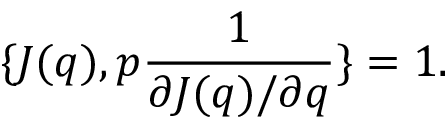
\{ J ( q ) , p { \frac { 1 } { \partial J ( q ) / \partial q } } \} = 1 .